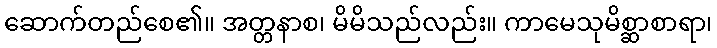
ဆောက်တည်စေ၏။ အတ္တနာစ၊ မိမိသည်လည်း။ ကာမေသုမိစ္ဆာစာရာ၊